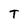
Character: T